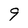
Character: 9